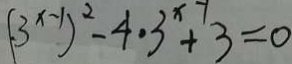
( 3 ^ { x - 1 } ) ^ { 2 } - 4 \cdot 3 ^ { x - 1 } + 3 = 0